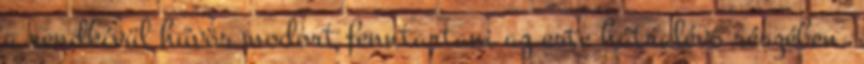
a rendkívül hűvös modort fenntartani az este hátralévő részében.